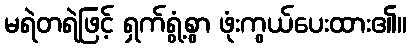
မရဲတရဲဖြင့် ရှက်ရွံ့စွာ ဖုံးကွယ်ပေးထား၏။